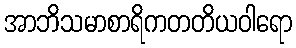
အာဘိသမာစာရိကတတိယဝါရော